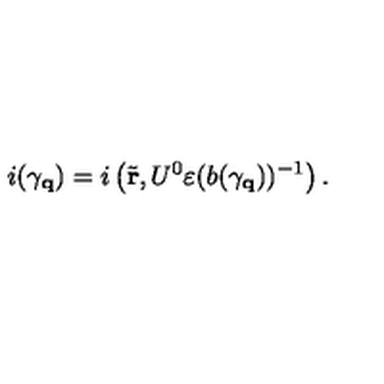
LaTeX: i ( \gamma _ { \bf q } ) = i \left( \tilde { \bf r } , U ^ { 0 } \varepsilon ( b ( \gamma _ { \bf q } ) ) ^ { - 1 } \right) .